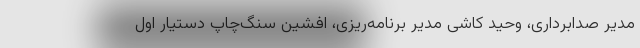
مدیر صدابرداری، وحید کاشی مدیر برنامه‌ریزی، افشین سنگ‌چاپ دستیار اول